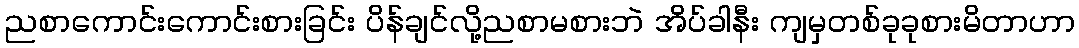
ညစာကောင်းကောင်းစားခြင်း ပိန်ချင်လို့ညစာမစားဘဲ အိပ်ခါနီး ကျမှတစ်ခုခုစားမိတာဟာ